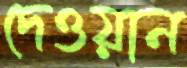
দেওয়ান